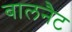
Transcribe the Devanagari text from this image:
बालनैट